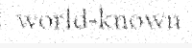
world-known